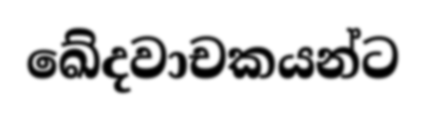
ඛේදවාචකයන්ට